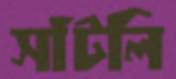
সাঁটলি